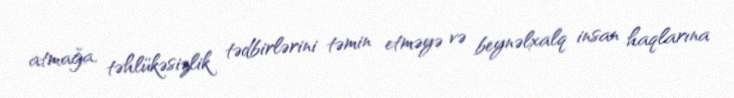
atmağa, təhlükəsizlik tədbirlərini təmin etməyə və beynəlxalq insan haqlarına